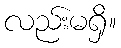
လည်းမရှိ။